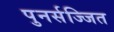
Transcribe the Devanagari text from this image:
पुनर्सज्जित